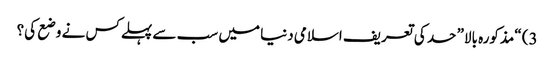
3) “مذکورہ بالا” حد کی تعریف اسلامی دنیا میں سب سے پہلےکس نے وضع کی؟